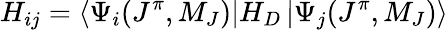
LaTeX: H_{ij}=\left\langle\Psi_{i}(J^{\pi},M_{J})\right|H_{D}\left|\Psi_{j}(J^{\pi},M_{J})\right\rangle